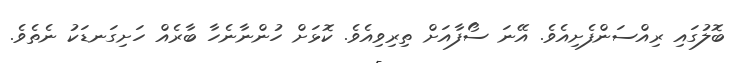
ބޮލުގައި ރިއްސަންފެށިއެވެ. އޭނަ ސޯފާއަށް ތިރިވިއެވެ. ކޮޅަށް ހުންނާނެހާ ބާރެއް ހަށިގަނޑަކު ނެތެވެ.